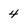
Character: 4